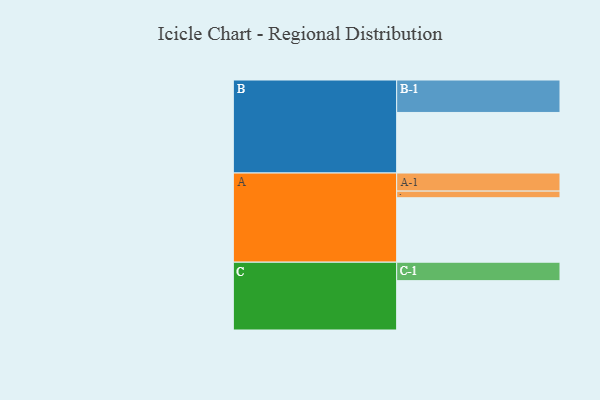
{"axis": {"x": "Segment", "y": "Value"}, "legend": ["", "A", "B", "C"], "data": [{"x": "A", "y": 534, "type": ""}, {"x": "B", "y": 502, "type": ""}, {"x": "C", "y": 409, "type": ""}, {"x": "A-1", "y": 150, "type": "A"}, {"x": "A-2", "y": 55, "type": "A"}, {"x": "B-1", "y": 269, "type": "B"}, {"x": "C-1", "y": 153, "type": "C"}]}